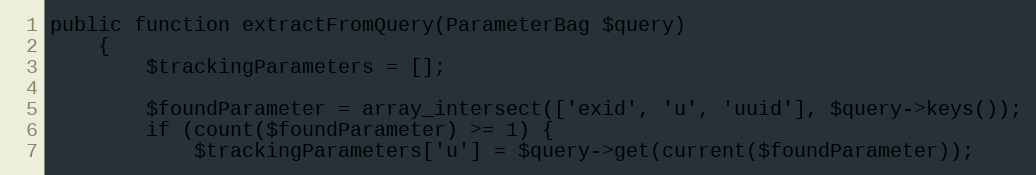
Language: PHP
public function extractFromQuery(ParameterBag $query)
    {
        $trackingParameters = [];

        $foundParameter = array_intersect(['exid', 'u', 'uuid'], $query->keys());
        if (count($foundParameter) >= 1) {
            $trackingParameters['u'] = $query->get(current($foundParameter));